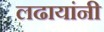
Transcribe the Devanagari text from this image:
लढायांनी